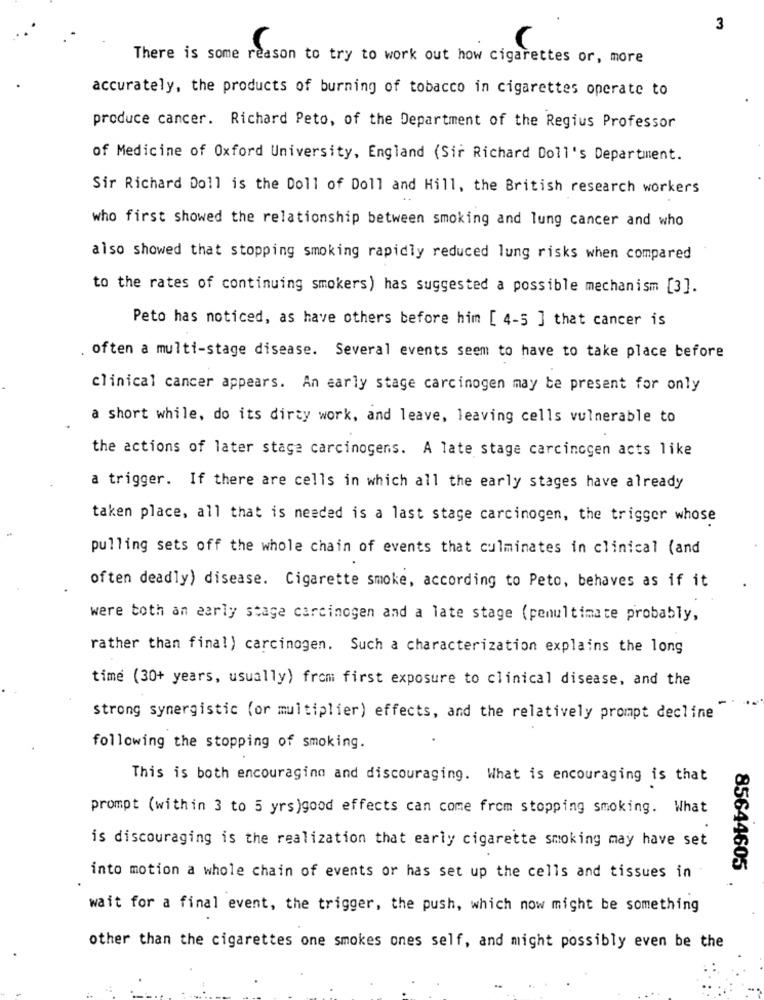
3
There is some reason to try to work out how cigarettes or, more
accurately, the products of burning of tobacco in cigarettes operate to
produce cancer. Richard Peto, of the Department of the Regius Professor
of Medicine of Oxford University, England (Sir Richard Doll's Department.
Sir Richard Doll is the Doll of Doll and Hill, the British research workers
who first showed the relationship between smoking and lung cancer and who
also showed that stopping smoking rapidly reduced lung risks when compared
to the rates of continuing smokers) has suggested a possible mechanism [3].
Peto has noticed, as have others before him [ 4-5 ] that cancer is
often a multi-stage disease. Several events seem to have to take place before
clinical cancer appears. An early stage carcinogen may be present for only
a short while, do its dirty work, and leave, leaving cells vulnerable to
the actions of later stage carcinogens. A late stage carcinogen acts like
a trigger. If there are cells in which all the early stages have already
taken place, all that is needed is a last stage carcinogen, the trigger whose
pulling sets off the whole chain of events that culminates in clinical (and
often deadly) disease. Cigarette smoke, according to Peto, behaves as if it
were toth an early stage carcinogen and a late stage (penultimate probably,
rather than final) carcinogen. Such a characterization explains the long
time (30+ years, usually) from first exposure to clinical disease, and the
strong synergistic (or multiplier) effects, and the relatively prompt decline
following the stopping of smoking.
This is both encouraging and discouraging. What is encouraging is that
prompt (within 3 to 5 yrs)good effects can come from stopping smoking. What
is discouraging is the realization that early cigarette smoking may have set
85644605
into motion a whole chain of events or has set up the cells and tissues in
wait for a final event, the trigger, the push, which now might be something
other than the cigarettes one smokes ones self, and might possibly even be the